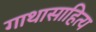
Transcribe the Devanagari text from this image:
गाथासाहित्य